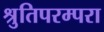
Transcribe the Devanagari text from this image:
श्रुतिपरम्परा